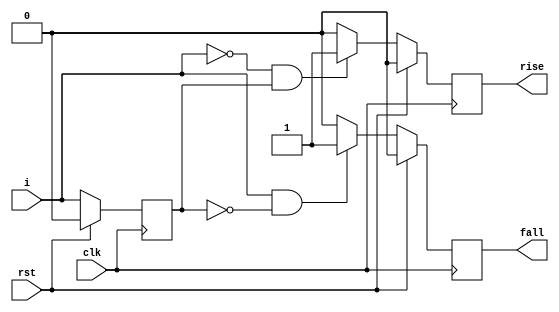
 `timescale 1ns / 1ns
//////////////////////////////////////////////////////////////////////////////////
// Company:QTEC
// Engineer:
//
// Design Name:
// Module Name:    edge_detct
// Project Name:
// Target Devices:
// Tool versions:
// Description:*
// attention:
//
// Dependencies:
//
// Revision:
// Revision 0.01 - File Created
// Additional Comments:
//
//////////////////////////////////////////////////////////////////////////////////
module edge_detct
(
    input wire rst,
    input wire clk,
    input wire i,
    output reg rise,
    output reg fall
);

reg ii;

always@(posedge clk)
    if(rst) ii<=1'b0;
    else ii <= i;

always@(posedge clk)
    if(rst) rise <= 1'b0;
    else if(i==0 && ii)rise <= 1'b1;
    else rise <= 1'b0;

always@(posedge clk)
    if(rst) fall <= 1'b0;
    else if(i && ii==0)fall <= 1'b1;
    else fall <= 1'b0;

endmodule